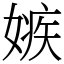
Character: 嫉